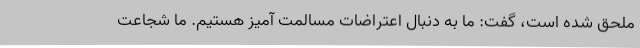
ملحق شده است، گفت: ما به دنبال اعتراضات مسالمت آمیز هستیم. ما شجاعت